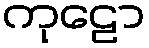
ကုဠော